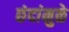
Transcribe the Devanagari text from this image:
छंदांमुळे